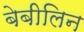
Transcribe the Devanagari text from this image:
बेबीलिन